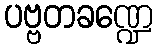
ပဗ္ဗတခဏ္ဍေ